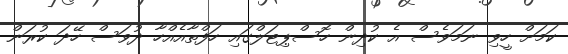
ކަމަށް ހީވި ނަމަވެސް އެ ކުދިން ހޮސްޕިޓަލްގައި ހަފްތާއެއްހާ ދުވަސް ހޭދަ ކުރަން